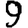
Digit: 9